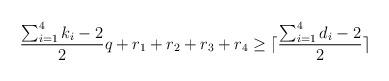
LaTeX: \begin{align*}\frac{\sum_{i=1}^4 k_i -2}{2} q + r_1 + r_2 + r_3+r_4 \ge \lceil \frac{\sum_{i=1}^4 d_i -2}{2} \rceil\end{align*}